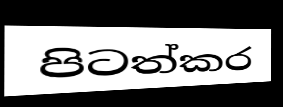
පිටත්කර